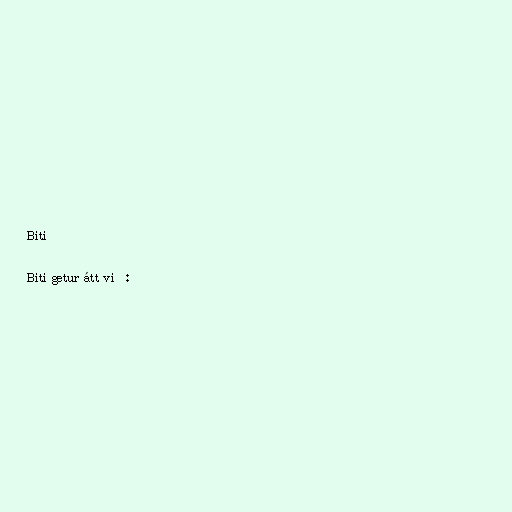
Biti

Biti getur átt við: